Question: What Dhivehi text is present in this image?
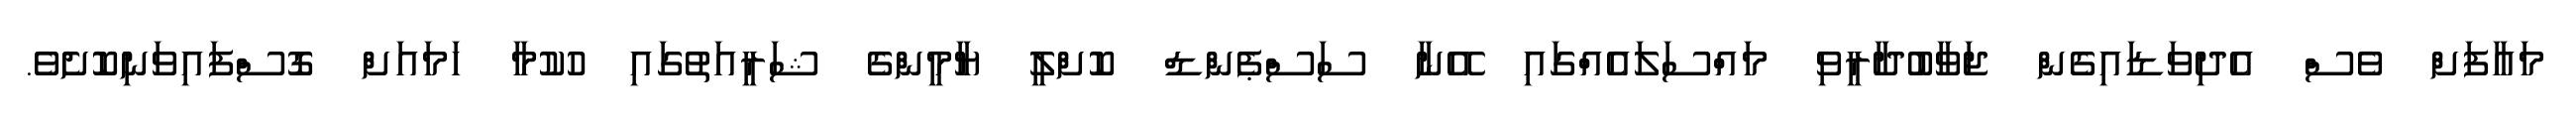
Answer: މައާފަށް ވެސް އެދިވަޑައިގެން ޖަވާބުދާރީވި މައްސަލައެއްގައި އޭނާ ސަސްޕެންޑް ކޮށްލީ ޔާމީންގެ ޝަރީއަތުގައި ހުކުމާ ހަމައަށް ގޮސްފައިވަނިކޮށެވެ.